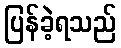
ပြန်ခဲ့ရသည်